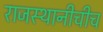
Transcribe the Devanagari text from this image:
राजस्थानीचीच